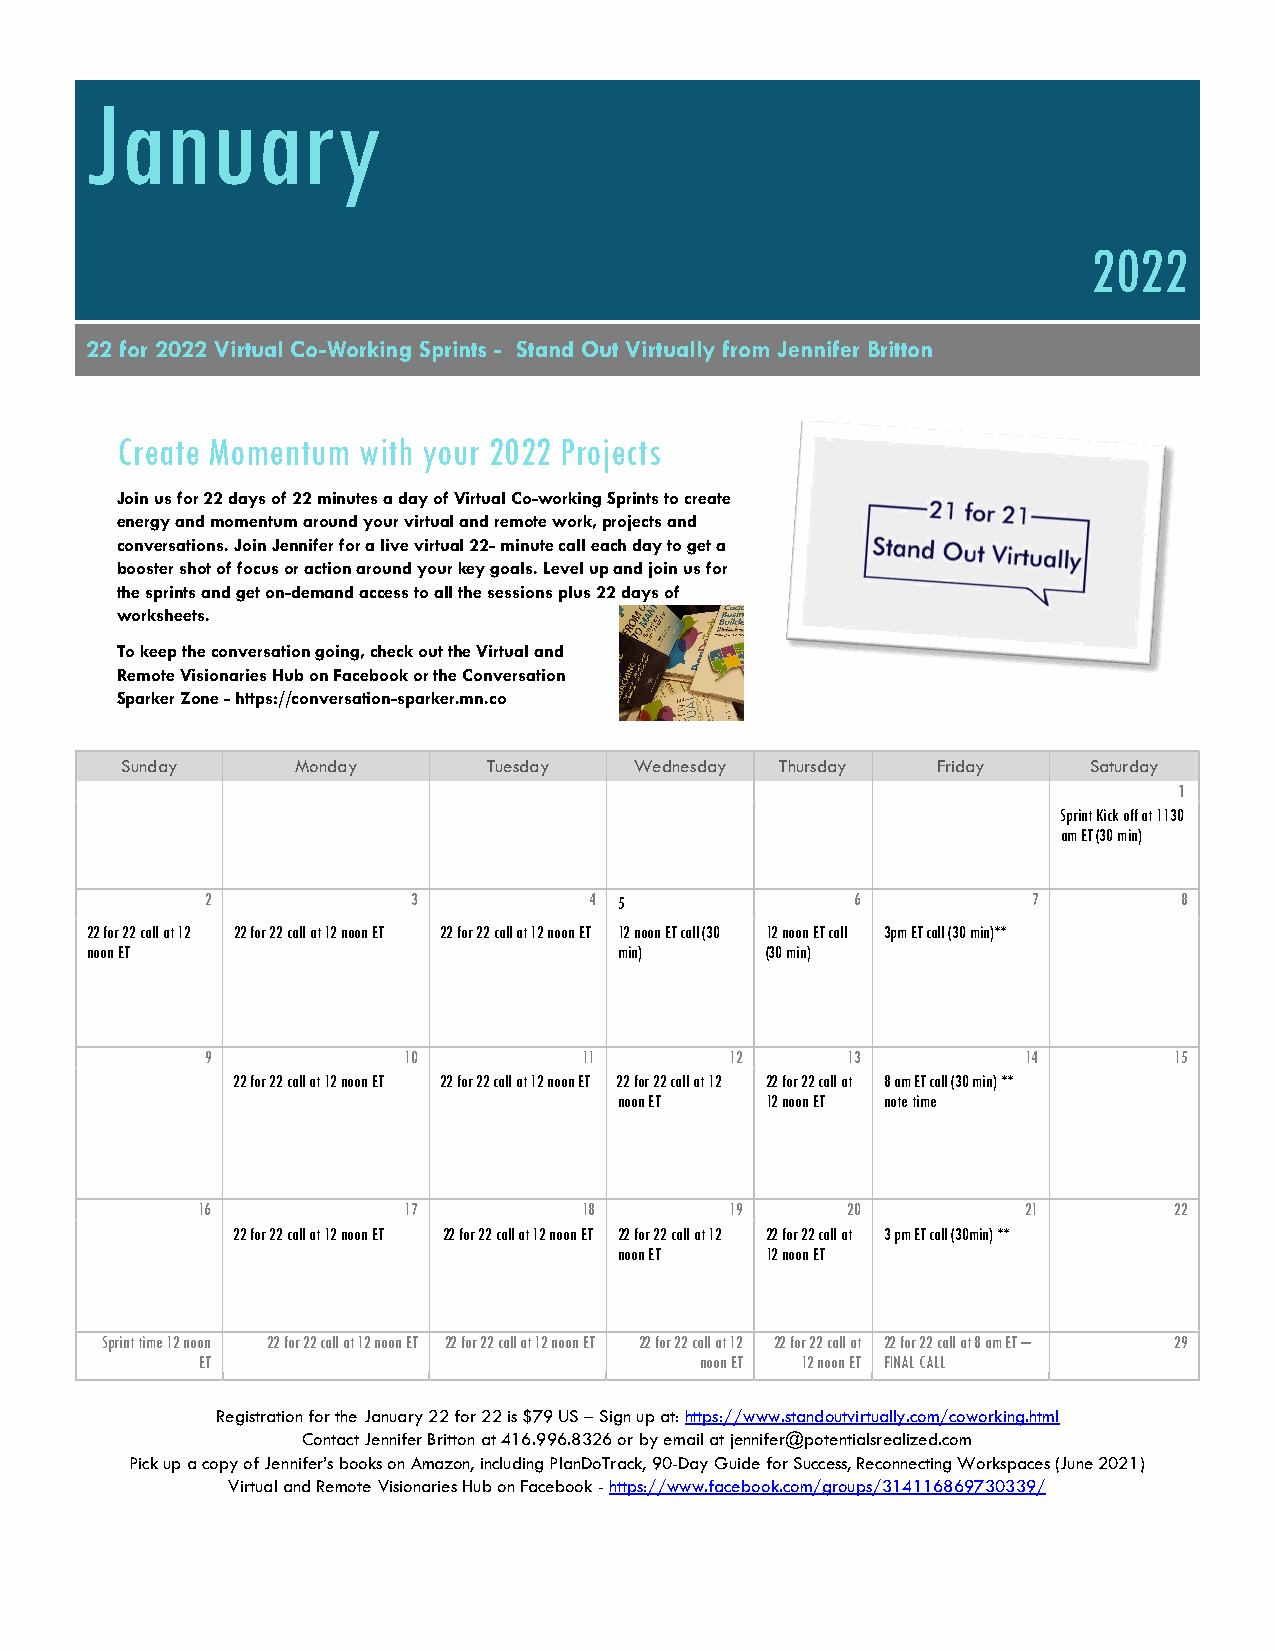
January
 2022
 22 for 2022 Virtual Co-Working Sprints - Stand Out Virtually from Jennifer Britton
 Create Momentum with your 2022 Projects
 Join us for 22 days of 22 minutes a day of Virtual Co-working Sprints to create
 energy and momentum around your virtual and remote work, projects and
 conversations. Join Jennifer for a live virtual 22- minute call each day to get a
 booster shot of focus or action around your key goals. Level up and join us for
 the sprints and get on-demand access to all the sessions plus 22 days of
 worksheets.
 To keep the conversation going, check out the Virtual and
 Remote Visionaries Hub on Facebook or the Conversation
 Sparker Zone - https://conversation-sparker.mn.co
 Sunday      Monday      Tuesday   Wednesday Thursday  Friday    Saturday
 1
 Sprint Kick off at 1130
 am ET (30 min)
 2            3           4 5               6          7         8
 22 for 22 call at 12 22 for 22 call at 12 noon ET 22 for 22 call at 12 noon ET 12 noon ET call (30 12 noon ET call 3pm ET call (30 min)**
 noon ET                            min)      (30 min)
 9            10          11       12      13          14        15
 22 for 22 call at 12 noon ET 22 for 22 call at 12 noon ET 22 for 22 call at 12 22 for 22 call at 8 am ET call (30 min) **
 noon ET   12 noon ET note time
 16            17          18       19      20          21        22
 22 for 22 call at 12 noon ET 22 for 22 call at 12 noon ET 22 for 22 call at 12 22 for 22 call at 3 pm ET call (30min) **
 noon ET   12 noon ET
 Sprint time 12 noon 22 for 22 call at 12 noon ET 22 for 22 call at 12 noon ET 22 for 22 call at 12 22 for 22 call at 22 for 22 call at 8 am ET – 29
 ET                               noon ET 12 noon ET FINAL CALL
 Registration for the January 22 for 22 is $79 US – Sign up at: https://www.standoutvirtually.com/coworking.html
 Contact Jennifer Britton at 416.996.8326 or by email at jennifer@potentialsrealized.com
 Pick up a copy of Jennifer’s books on Amazon, including PlanDoTrack, 90-Day Guide for Success, Reconnecting Workspaces (June 2021)
 Virtual and Remote Visionaries Hub on Facebook - https://www.facebook.com/groups/314116869730339/